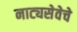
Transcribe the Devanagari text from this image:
नाट्यसेवेचे